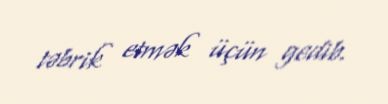
təbrik etmək üçün gedib.